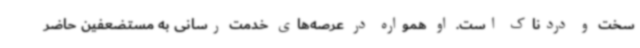
سخت و دردناک است. او همواره در عرصه‌های خدمت رسانی به مستضعفین حاضر